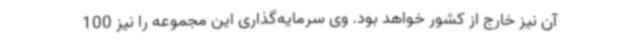
آن نیز خارج از کشور خواهد بود. وی سرمایه‌گذاری این مجموعه را نیز 100